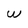
Character: w